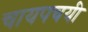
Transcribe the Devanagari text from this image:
चायपचयी